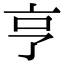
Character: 亨